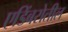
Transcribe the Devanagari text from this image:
एडिंबरोतील